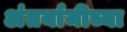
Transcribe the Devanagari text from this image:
अंतर्यामीच्या